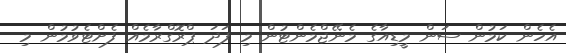
އެހެން ކަމުން ސަން މީޑިއާގެ މެނޭޖްމެންޓުން މި ފަދަ ޕްރޮގްރާމެއް ފެށްޓެވުމުން މި